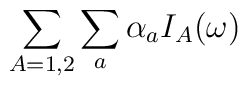
\sum_{A=1,2} \sum_{a} \alpha_a I_A(\omega)